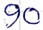
Text: 90